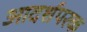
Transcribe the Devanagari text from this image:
आदर्शपरक